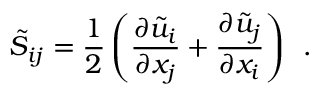
\tilde { S } _ { i j } = \frac { 1 } { 2 } \left( \frac { \partial \tilde { u } _ { i } } { \partial x _ { j } } + \frac { \partial \tilde { u } _ { j } } { \partial x _ { i } } \right) \, \mathrm { ~ . ~ }